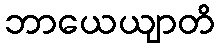
ဘာယေယျာတိ